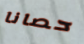
حصانا